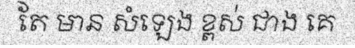
តែ មាន សំឡេង ខ្ពស់ ជាង គេ